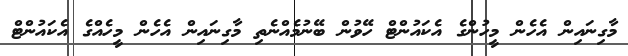
މާގިނައިން އެހެން މީހުންގެ އެކައުންޓް ހޭވުން ބޭނުމެއްނެތި މާގިނައިން އެހެން މީހެއްގެ އެކައުންޓް